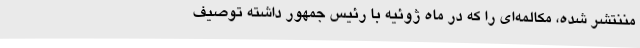
مننتشر شده، مکالمه‌ای را که در ماه ژوئیه با رئیس جمهور داشته توصیف